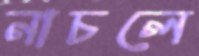
নাচলে